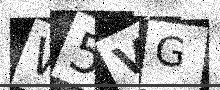
Text: W5VG